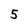
Character: 5